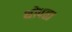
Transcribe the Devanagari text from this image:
थोपता